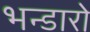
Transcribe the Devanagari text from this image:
भन्डारो